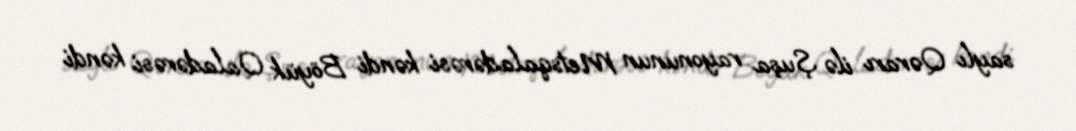
saylı Qərarı ilə Şuşa rayonunun Metsqaladərəsi kəndi Böyük Qaladərəsi kəndi